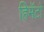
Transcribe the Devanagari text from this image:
हिमॅटो